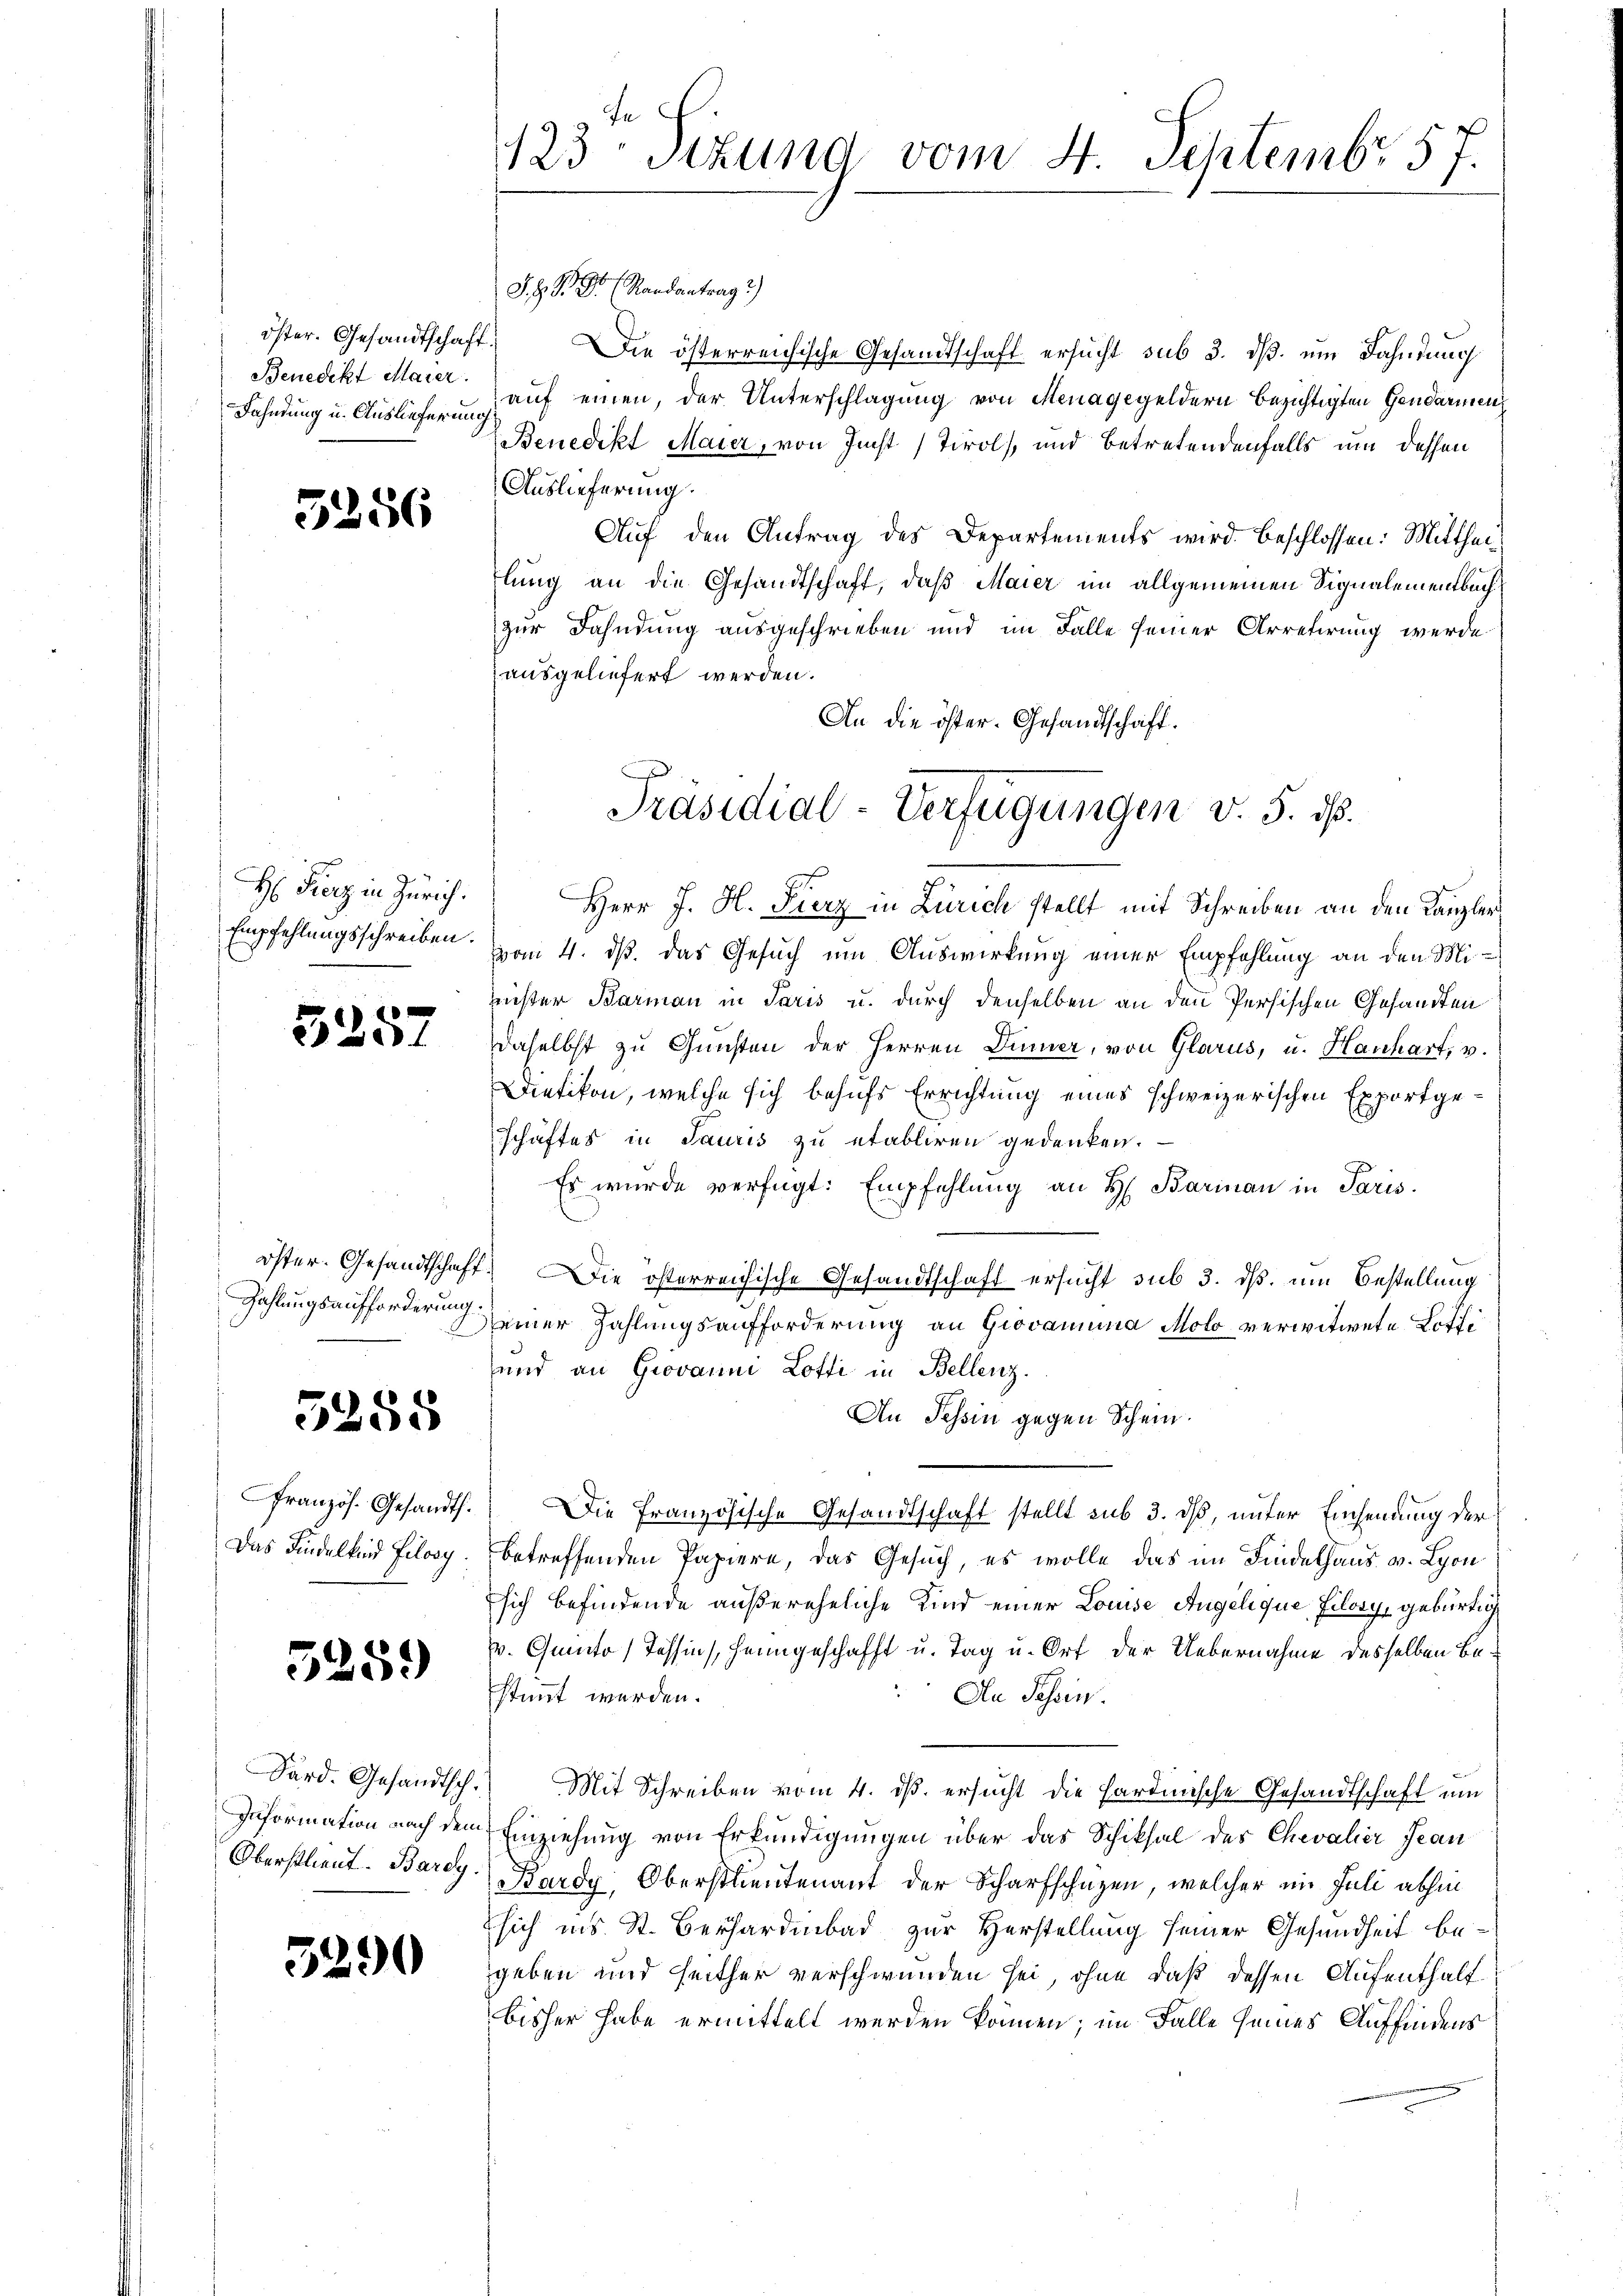
öster. Gesandtschaft
Benedikt Maier.
Fahndung u. Auslieferung

5256

H. Fierz in Zürich.
Empfehlungsschreiben.

5257

öster. Gesandtschaft
Zahlungsaufforderung.

5285

Französ. Gesandth.
Das Findelkind filory.

5259)

Sard. Gesandtsch
Information nach den
Oberstlieut. Bardy

3290

S. z. B. Dr. (Randantrag 2)

fe
123 stung vom 4. Septembr 57.

Die österreichische Gesandtschaft ersucht sub 3. ds. ein Fahndung
auf einen, der Unterschlagung von Menagegeldern bezichtigten Gendarmen,
Benedikt Maier, von Jucht Tirol, und betretendenfalls um dessen
Auslieferung.
Auf den Antrag des Departements wird beschlossen: Mittheilung an die Gesandtschaft, daß Maier im allgemeinen Signalementbuchzur Dahndung ausgeschrieben und im Falle seiner Arretirung werde
ausgeliefert werden.
An die öster- Gesandtschaft.
Herr J. H. Fierz in Zürich stellt mit Schreiben an den Kanzler
vom 4. ds. das Gesuch um Auswirkung einer Empfehlung an den Mirister Barmann in Paris u. durch denselben an den Persischen Gesandten
daselbst zu Gunsten der Herren Dünner, von Glarus, u. Hanhart, v.
Dietikon, welche sich behufs Errichtung eines schweizerischen Exportgeschäftes in Sauris zu etabliren gedenken.
Es wurde verfügt: Empfehlung an H. Barinau in Paris.
 Die österreichische Gesandtschaft ersucht sub 3. dß. um Bestellung
seiner Zahlungsaufforderung an Giovamina Molo verwitwete Lothi
und an Giovanni Lotti in Bellenz.
An Tessin gegen Schein.
Die französische Gesandtschaft stellt sub 3. ds, unter Eisendung der
betreffenden Papiere, das Gesuch, es wolle das im Findelhaus v. Lyon
sich befindende außereheliche Kind einer Louise Angelique filosy, gebürtig
v. Quinto) Tessin, heimgeschafft u. Tag u. Ort der Uebernahme desselben Bestimmt werden.
An Schen.
Mit Schreiben vom 4. ds. ersucht die Hardinische Gesandtschaft um
Einziehung von Erkundigungen über das Schiksal des Chevalier Jean
Bardy, Oberstleutenant der Scharfschüzen, welcher im Juli abhin
sich ins St. Berhardbad zur Herstellung seiner Gesundheit begeben und seither verschwunden sei, ohne daß dessen Aufenthaltbisher habe ermittelt werden können; im Falle seines Auffindens

Präsidial-Verfügungen v. 5. dß.